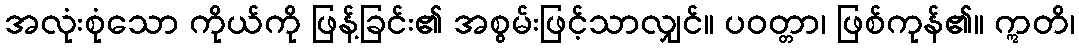
အလုံးစုံသော ကိုယ်ကို ဖြန့်ခြင်း၏ အစွမ်းဖြင့်သာလျှင်။ ပဝတ္တာ၊ ဖြစ်ကုန်၏။ ဣတိ၊